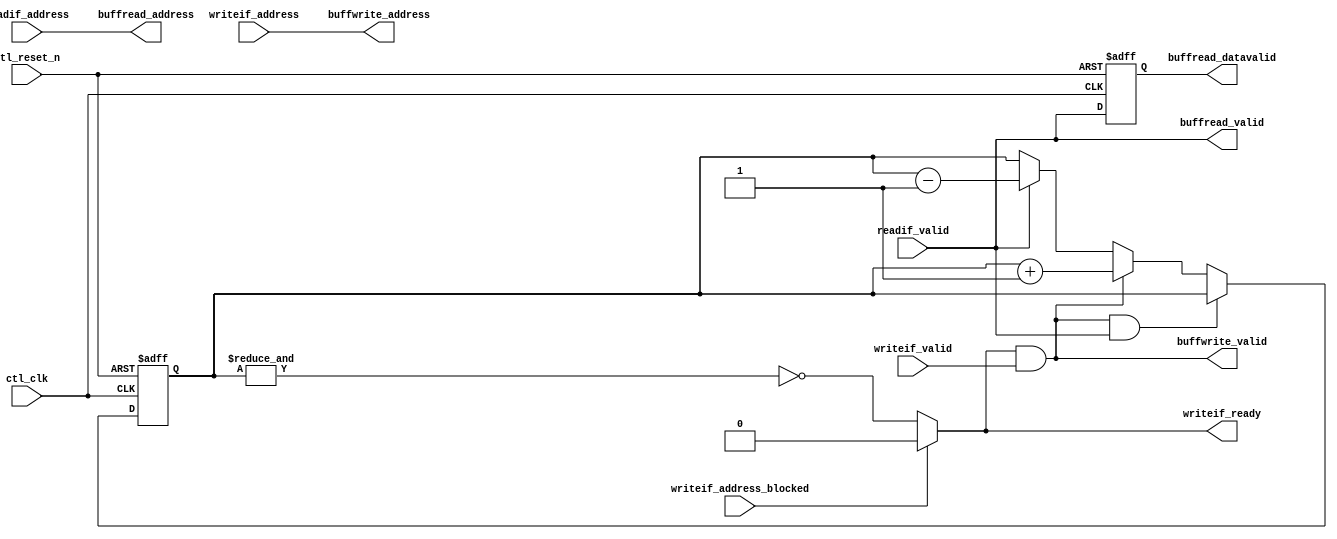

`timescale 1 ps / 1 ps

module alt_mem_ddrx_buffer_manager
# (
    parameter
        CFG_BUFFER_ADDR_WIDTH         =   6
)
(
    // port list
    ctl_clk,
    ctl_reset_n,

    // write interface
    writeif_ready,
    writeif_valid,
    writeif_address,
    writeif_address_blocked,

    // buffer write interface
    buffwrite_valid,
    buffwrite_address,

    // read interface
    readif_valid,
    readif_address,

    // buffer read interface
    buffread_valid,
    buffread_datavalid,
    buffread_address

);

    // -----------------------------
    // local parameter declarations
    // -----------------------------

    localparam CTL_BUFFER_DEPTH             =   two_pow_N(CFG_BUFFER_ADDR_WIDTH);

    // -----------------------------
    // port declaration
    // -----------------------------

    input                                           ctl_clk;
    input                                           ctl_reset_n;

    // write interface
    output                                          writeif_ready;
    input                                           writeif_valid;
    input  [CFG_BUFFER_ADDR_WIDTH-1:0]              writeif_address;
    input                                           writeif_address_blocked;

    // buffer write interface
    output                                          buffwrite_valid;
    output  [CFG_BUFFER_ADDR_WIDTH-1:0]             buffwrite_address;

    // read data interface
    input                                           readif_valid;
    input   [CFG_BUFFER_ADDR_WIDTH-1:0]             readif_address;

    // buffer read interface
    output                                          buffread_valid;
    output                                          buffread_datavalid;
    output  [CFG_BUFFER_ADDR_WIDTH-1:0]             buffread_address;

    // -----------------------------
    // port type declaration
    // -----------------------------

    wire                                            ctl_clk;
    wire                                            ctl_reset_n;
                                                                             
    // write interface                                                       
    reg                                             writeif_ready;
    wire                                            writeif_valid;
    wire     [CFG_BUFFER_ADDR_WIDTH-1:0]            writeif_address;
                                                                             
    wire                                            writeif_address_blocked;
                                                                             
    // buffer write interface                                                
    wire                                            buffwrite_valid;
    wire     [CFG_BUFFER_ADDR_WIDTH-1:0]            buffwrite_address;
                                                                             
    // read data interface                                                   
    wire                                            readif_valid;
    wire    [CFG_BUFFER_ADDR_WIDTH-1:0]             readif_address;
                                                                             
    // buffer read interface                                                 
    wire                                            buffread_valid;
    reg                                             buffread_datavalid;
    wire    [CFG_BUFFER_ADDR_WIDTH-1:0]             buffread_address;

    // -----------------------------
    // signal declaration
    // -----------------------------

    wire                                            writeif_accepted;
    reg     [CTL_BUFFER_DEPTH-1:0]                  mux_writeif_ready;
    reg     [CTL_BUFFER_DEPTH-1:0]                  buffer_valid_array;    
    reg     [CFG_BUFFER_ADDR_WIDTH-1:0]             buffer_valid_counter;
                                                                                       
    reg                                             err_buffer_valid_counter_overflow;

    // -----------------------------
    // module definition
    // -----------------------------

    assign  writeif_accepted    = writeif_ready & writeif_valid;

    assign  buffwrite_address   = writeif_address;
    assign  buffwrite_valid     = writeif_accepted;

    assign  buffread_address    = readif_address;
    assign  buffread_valid      = readif_valid;

    always @ (*) 
    begin

        if (writeif_address_blocked)
        begin
            // can't write ahead of lowest address currently tracked by dataid array
            writeif_ready = 1'b0;
        end
        else 
        begin
            // buffer is full when every location has been written
            writeif_ready = ~&buffer_valid_counter;
        end

    end


    // generate buffread_datavalid. 
    // data is valid one cycle after adddress is presented to the buffer
    always @ (posedge ctl_clk or negedge ctl_reset_n) 
    begin
        if (~ctl_reset_n)
        begin
            buffread_datavalid <= 0;
        end
        else
        begin
            buffread_datavalid <= buffread_valid;
        end
    end


    // genvar i;
    // generate
    //     for (i = 0; i < CTL_BUFFER_DEPTH; i = i + 1) 
    //     begin : gen_mux_buffer_valid_array_signals

    //         wire    [CFG_BUFFER_ADDR_WIDTH-1:0] gen_buffer_address = i;

    //         always @ (posedge ctl_clk or negedge ctl_reset_n) 
    //         begin
    //             if (~ctl_reset_n)
    //             begin
    //                 //reset state ...
    //                 buffer_valid_array [i] <= 0;
    //             end
    //             else
    //             begin
    //                 //active state ...

    //                 // write & read to same location won't happen on same time

    //                 // write
    //                 if ( (writeif_address == gen_buffer_address) & writeif_accepted)
    //                 begin
    //                     buffer_valid_array[i] <= 1;
    //                 end

    //                 // read
    //                 if ( (readif_address== gen_buffer_address) & readif_valid)
    //                 begin
    //                     buffer_valid_array[i] <= 0;
    //                 end

    //             end
    //         end

    //         always @ (*) 
    //         begin
    //             // mano - fmax !    
    //             if ( (writeif_address == gen_buffer_address) & buffer_valid_array[i] )
    //             begin
    //                 mux_writeif_ready[i]  = 0;
    //             end
    //             else
    //             begin
    //                 mux_writeif_ready[i]  = 1;
    //             end
    //         end

    //     end
    // endgenerate

    always @ (posedge ctl_clk or negedge ctl_reset_n) 
    begin
        if (~ctl_reset_n)
        begin
            buffer_valid_counter <= 0;
            err_buffer_valid_counter_overflow <= 0;
        end
        else
        begin

            if (writeif_accepted & readif_valid)
            begin
                // write & read at same time
                buffer_valid_counter <= buffer_valid_counter;
            end
            else if (writeif_accepted)
            begin
                // write only
                {err_buffer_valid_counter_overflow, buffer_valid_counter} <= buffer_valid_counter + 1;
            end
            else if (readif_valid)
            begin
                // read only
                buffer_valid_counter <= buffer_valid_counter - 1;
            end
            else
            begin
                buffer_valid_counter <= buffer_valid_counter;
            end


        end
    end



    function integer two_pow_N;
        input integer value;
    begin
        two_pow_N = 2 << (value-1);
    end
    endfunction



endmodule

//
// assert
//
// - write & read to same location happen on same time